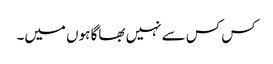
کس کس سے نہیں بھاگا ہوں میں۔